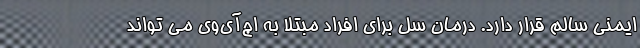
ایمنی سالم قرار دارد. درمان سل برای افراد مبتلا به اچ‌آی‌وی می تواند